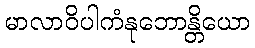
မာလာဝိပါကံနုဘောန္တိယော